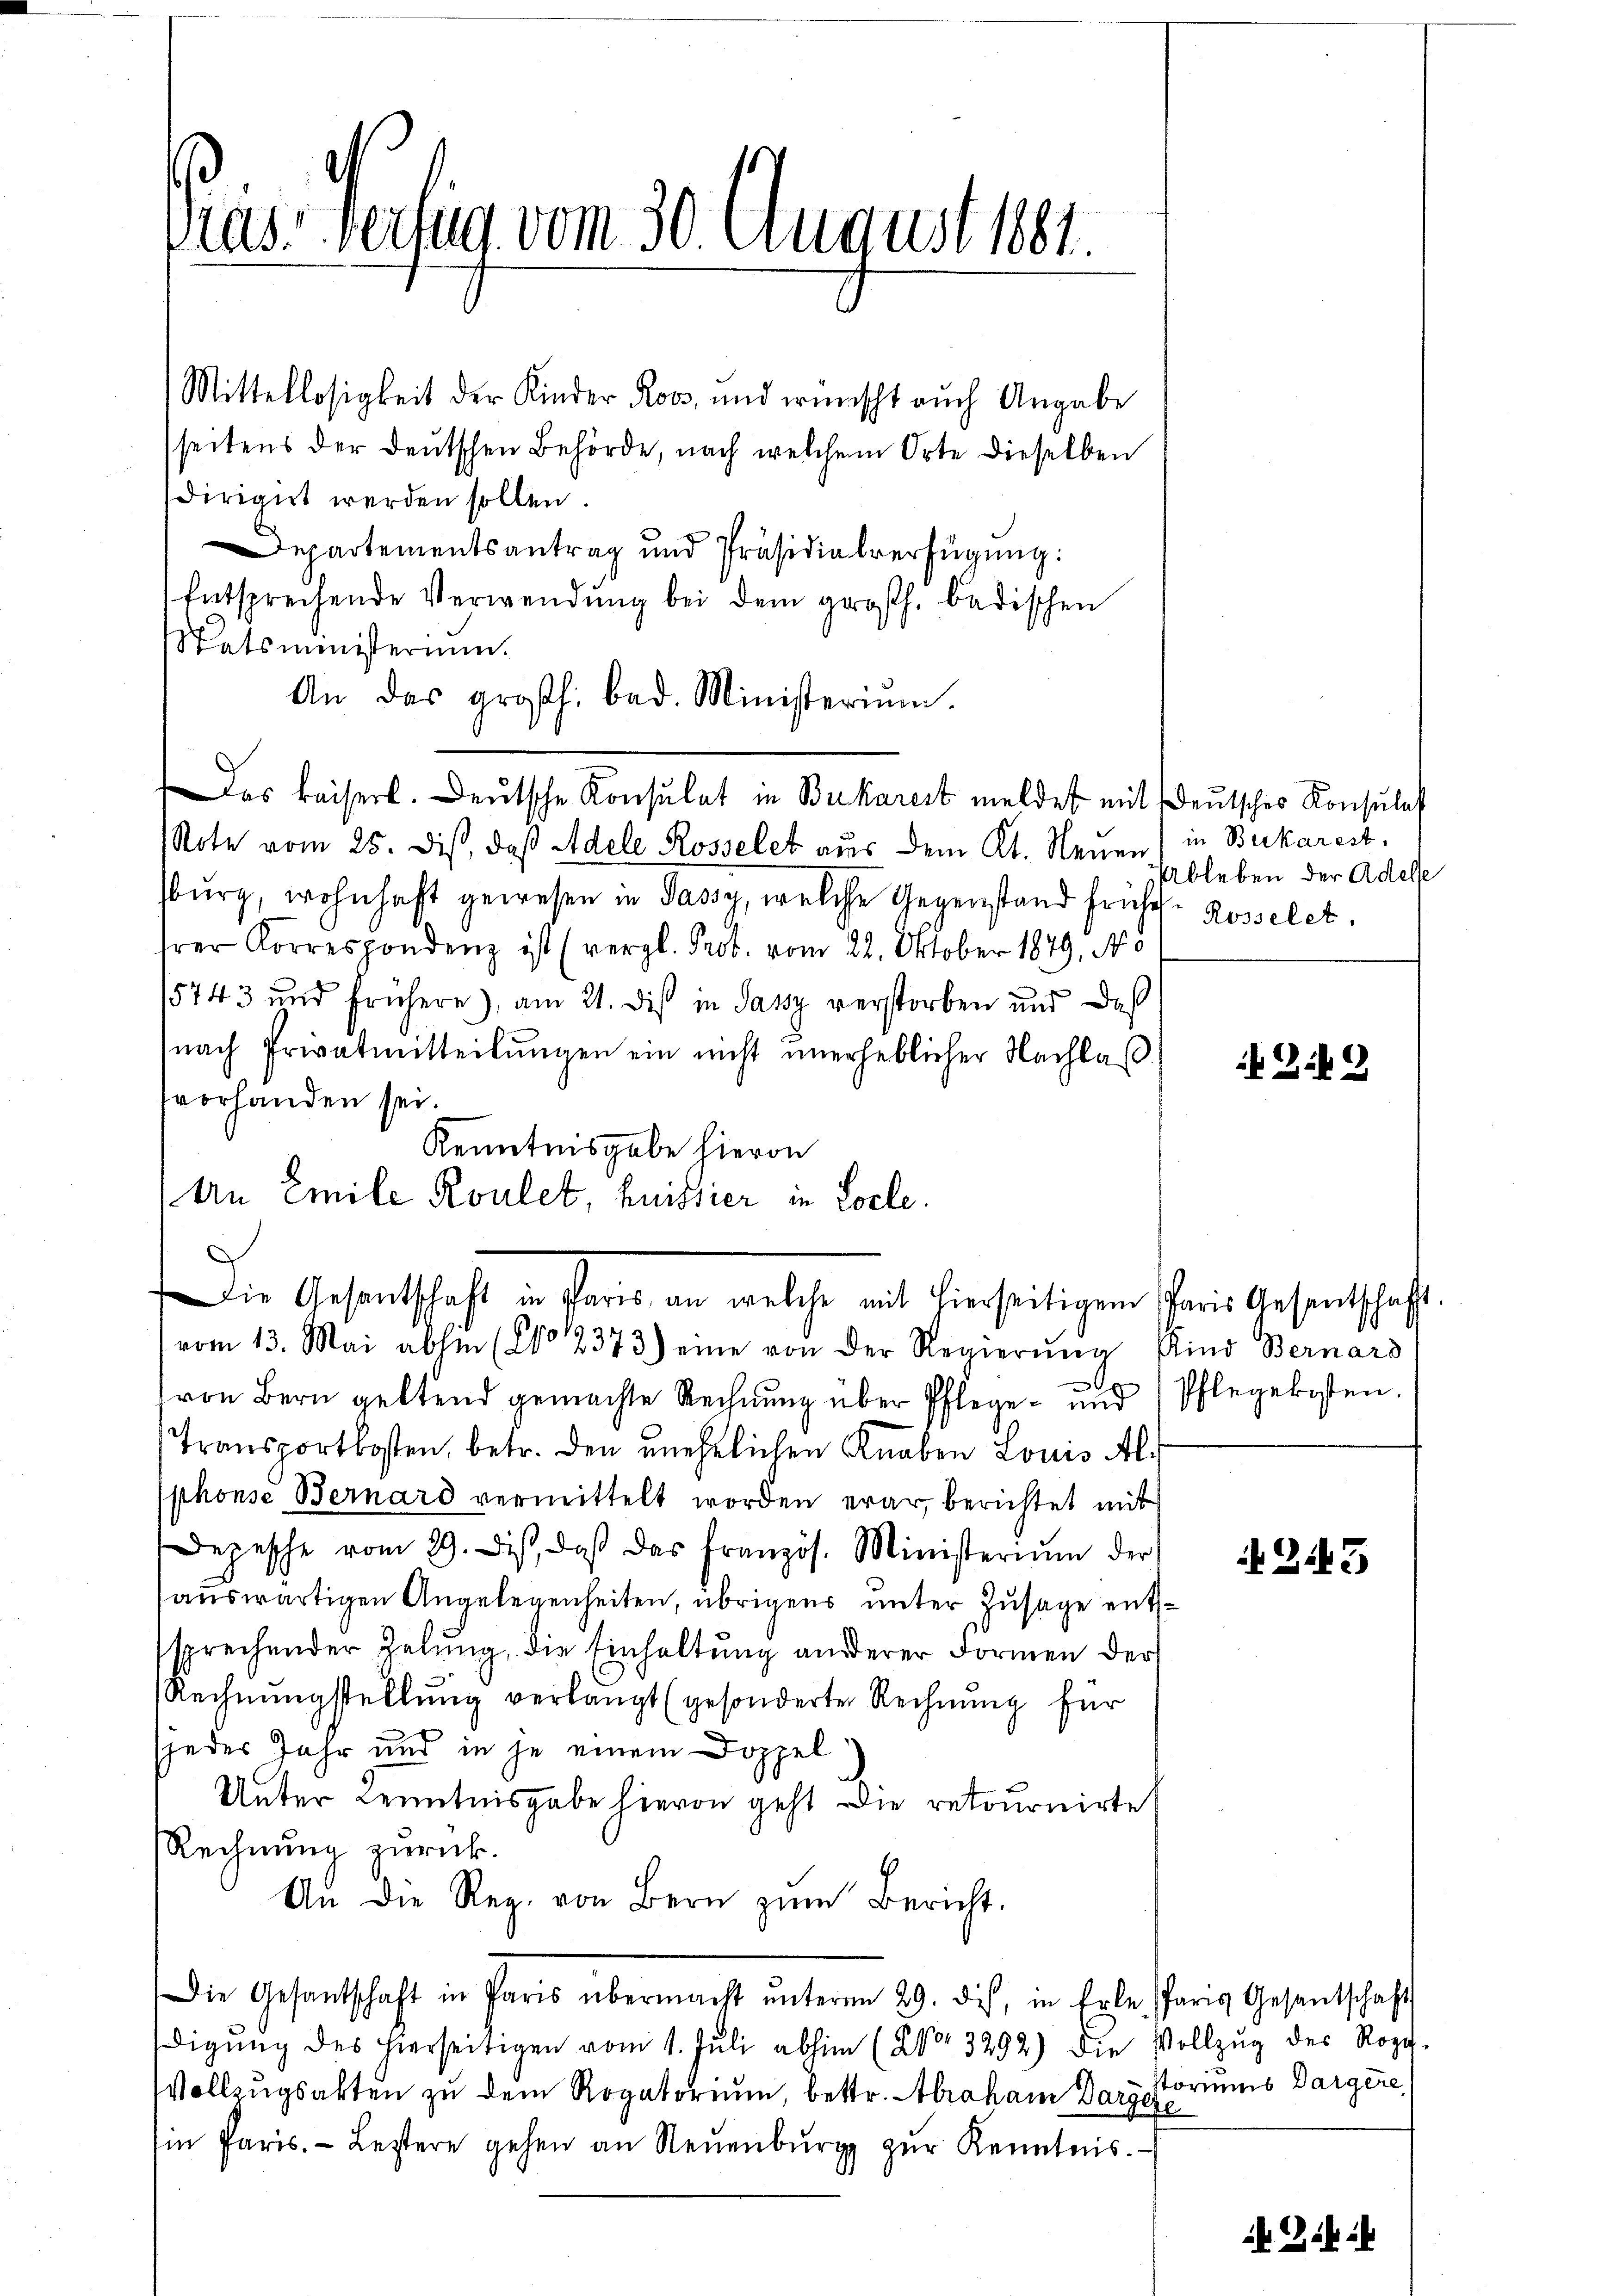
räs. Verfen vom 30. August 1881.

Mittellosigkeit der Kinder Ros, und wünscht auch Angabe
seitens der deutschen Behörde, nach welchem Orte dieselben
dirigirt werden sollen.
Departementsantrag und Präsidialverfügung:
Entsprechende Verwendŭng bei dem großh. badischen
tatsministerium.
An das großh. bad. Ministerium.
Das kaiserl. Deutsche Konsulat in Bukarest meldet mit Deutsches Konsulat
Note vom 25. dis, daß Adele Rosselet aus dem Kt. Neuen) in Burkarest,
sburg, wohnhaft gewesen in Passy, welche Gegenstand frühe. Rosselet.
hrer Korrespondenz ist (vergl. Prot. vom 22. Oktober 1879, No
15743 und frühere), am 21. dis in Jassy verstorben und daß
nach Privatmitteilungen ein nicht unerheblicher Nachlaß
fvorhanden sei.
Kenntnisgabe hieron
An Emile Roulet, heissier in Locle.
vom 13. Mai abhin (No 2373.) eine von der Regierŭng Kind Bernard
G
von Bern geltend gemachte Rechnung über Pflege - und
Transportkosten, betr. den unehelichen Knaben Louis Alphonse Bernard vermittelt worden erar, berichtet mit
Depesche vom 29. Dist, daβ das französ. Ministerium der
auswärtigen Angelegenheiten, übrigens unter Zusage entssprechender Zelung, die Einhaltung anderer Formen der
Rechnungstellung verlangt (gesonderte Rechnŭng für
jedes Jahr und in je einem Doppel
Unter Kenntnisgabe hievon geht die retournirte
Rechnung zurück.
An die Reg. von Bern zŭm Bericht.
Die Gesandtschaft in Paris übermacht ŭnterm 29. dies, in Erle Paris Gesantschaft
digŭng des hierseitigen vom 1. Jŭli abhin (Ko. 3292) die Vollzŭg des Rogg-
Vollzugsakten zu dem Rogatorium, betr. Abraham Darstoriums Dargere
Ein Paris. Lestere gehen an Neŭenbŭrgg zŭr Kenntnis.

Die Gesandtschaft in Paris, an welche mit hierseitigem Paris Gesentschaft

Ableben der Adelle

Gib

Pflegekosten.

243

2